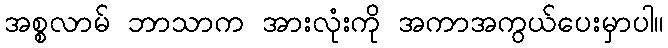
အစ္စလာမ် ဘာသာက အားလုံးကို အကာအကွယ်ပေးမှာပါ။